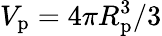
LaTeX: V_{\mathrm{p}}=4\pi R_{\mathrm{p}}^{3}/3